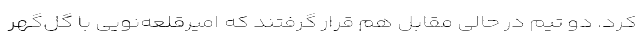
کرد. دو تیم در حالی مقابل هم قرار گرفتند که امیرقلعه‌نویی با گل‌گهر